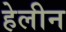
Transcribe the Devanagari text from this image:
हेलीन